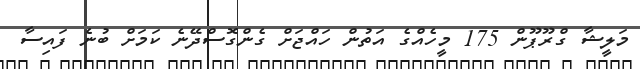
މަލީޝާ ގްރޫޕޫން 175 މީހެއްގެ އަތުން ހައްޖަށް ގެންގޮސްދޭނެ ކަމަށް ބުނެ ފައިސާ